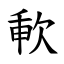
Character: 㰱